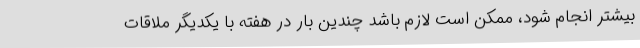
بیشتر انجام شود، ممکن است لازم باشد چندین بار در هفته با یکدیگر ملاقات